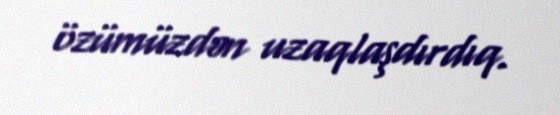
özümüzdən uzaqlaşdırdıq.